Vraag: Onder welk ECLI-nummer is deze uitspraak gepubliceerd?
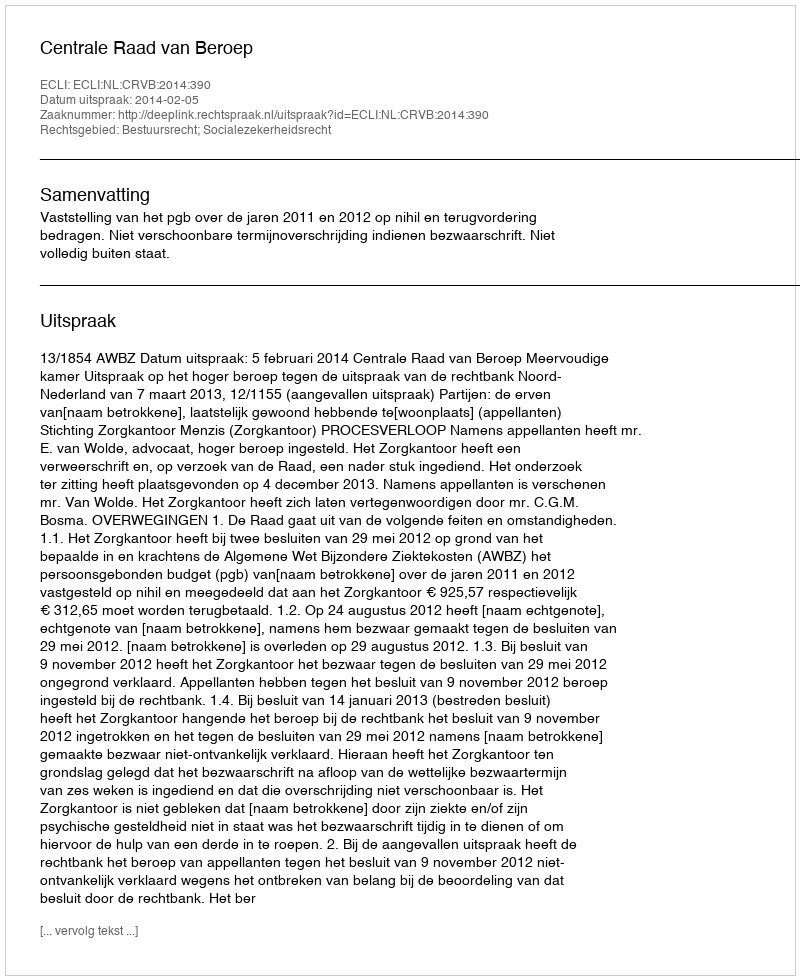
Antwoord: ECLI:NL:CRVB:2014:390